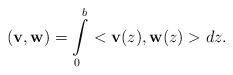
\begin{align*}({\bf v},{\bf w}) = \int\limits_0^b <{\bf v}(z), {\bf w}(z)> dz.\end{align*}